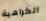
الكراهية